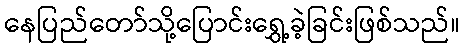
နေပြည်တော်သို့ပြောင်းရွှေ့ခဲ့ခြင်းဖြစ်သည်။